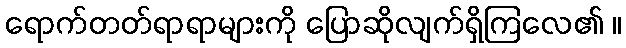
ရောက်တတ်ရာရာများကို ပြောဆိုလျက်ရှိကြလေ၏ ။